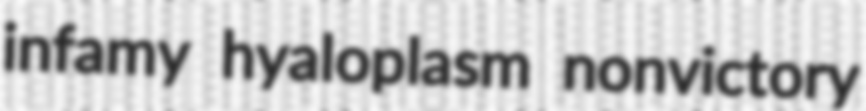
infamy hyaloplasm nonvictory